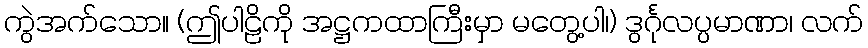
ကွဲအက်သော။ (ဤပါဠိကို အဋ္ဌကထာကြီးမှာ မတွေ့ပါ၊) ဒွင်္ဂုလပ္ပမာဏာ၊ လက်